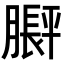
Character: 𬛙